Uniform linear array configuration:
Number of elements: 16
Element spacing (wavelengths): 1
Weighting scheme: uniform
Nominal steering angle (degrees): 15
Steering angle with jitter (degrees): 16.146
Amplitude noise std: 0.05
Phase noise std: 0.05

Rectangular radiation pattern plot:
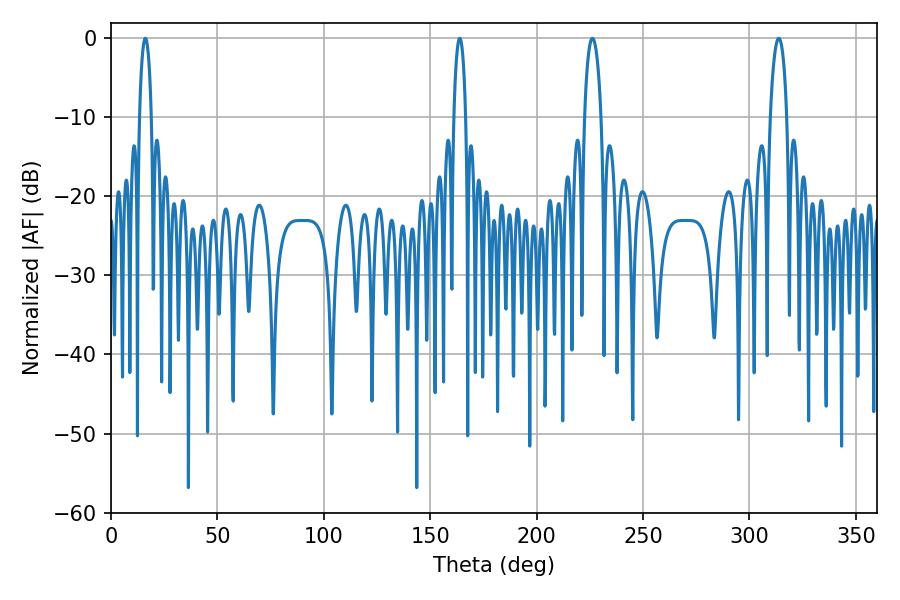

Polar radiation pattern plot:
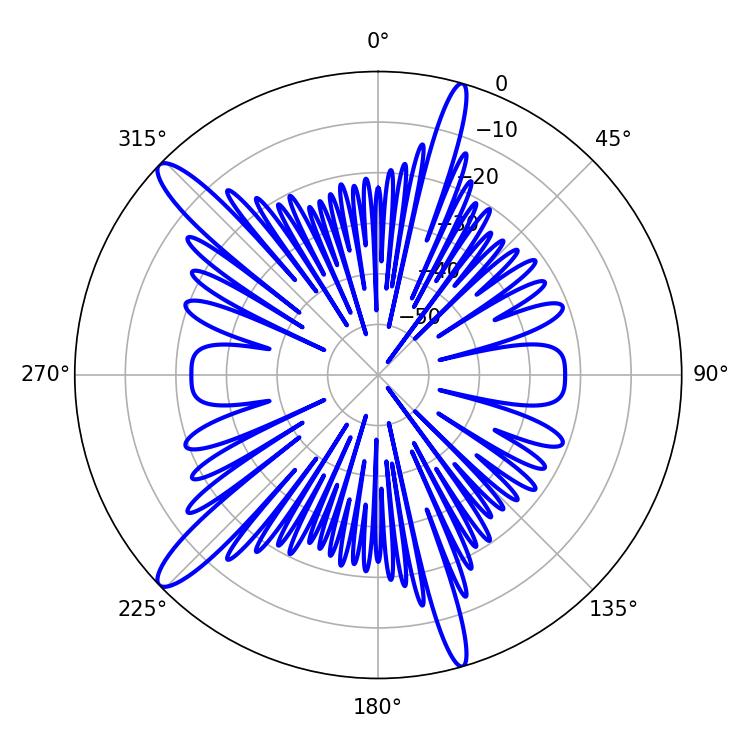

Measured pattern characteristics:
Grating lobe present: TRUE
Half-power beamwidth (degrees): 4.32
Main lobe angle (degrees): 226.26